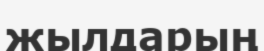
жылдарың